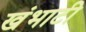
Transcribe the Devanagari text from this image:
खंभाटी